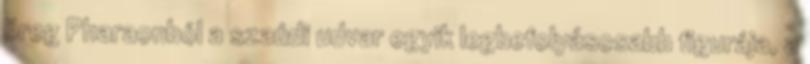
öreg Pharaonból a szaúdi udvar egyik legbefolyásosabb figurája, a